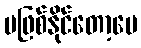
မဖြစ်နိုင်တော့ပေ